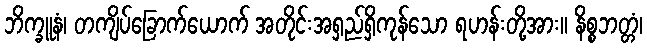
ဘိက္ခူနံ၊ တကျိပ်ခြောက်ယောက် အတိုင်းအရှည်ရှိကုန်သော ရဟန်းတို့အား။ နိစ္စဘတ္တံ၊